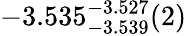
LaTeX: -3.535_{-3.539}^{-3.527}(2)